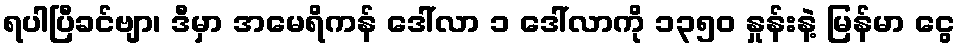
ရပါပြီခင်ဗျာ၊ ဒီမှာ အမေရိကန် ဒေါ်လာ ၁ ဒေါ်လာကို ၁၃၅၀ နှုန်းနဲ့ မြန်မာ ငွေ